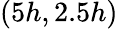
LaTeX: (5h,2.5h)